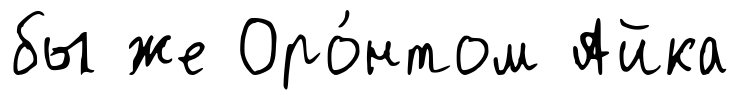
бы же Оро́нтом Айка